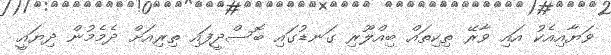
ވަޔާއިއެކު އައި ވާރޭ ތިކިތައް ބިއްލޫރި ގަނޑުގައި ބޮސްދީފައި ތިރިއަށް ދެމެމުން ދިޔައީ